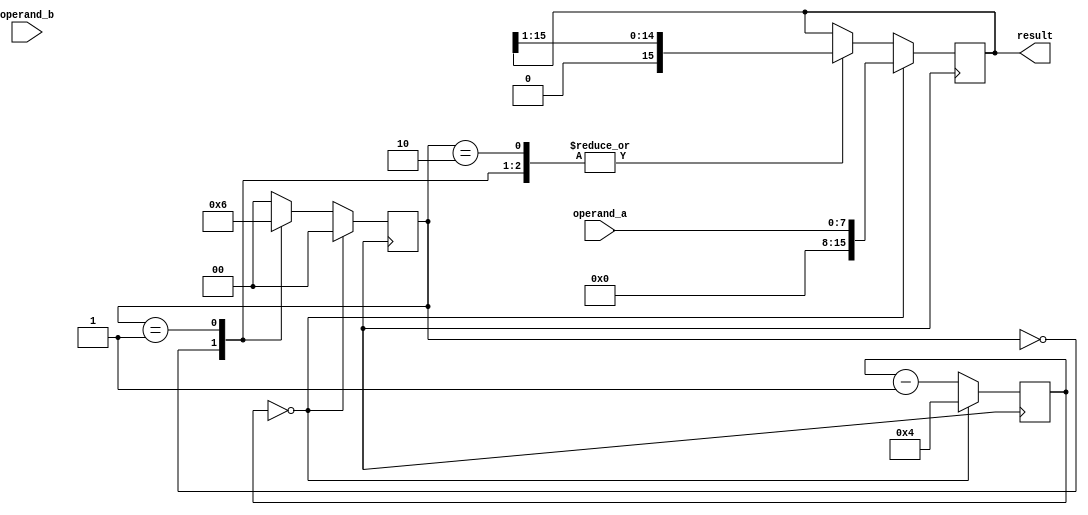
module booth_multiplier (
    input signed [7:0] operand_a,
    input signed [7:0] operand_b,
    output signed [15:0] result
);

reg signed [7:0] a_reg, b_reg;
reg [3:0] counter;
reg [1:0] control;
reg signed [15:0] product;
reg signed [15:0] acc;

always @(posedge clk) begin
    a_reg <= operand_a;
    b_reg <= operand_b;
    
    if(counter == 4'd0) begin
        control <= 2'b00;
        counter <= 4'd4;
        product <= 16'd0;
        acc <= {8'd0, operand_a};
    end
    else begin
        case(control)
            2'b00: begin
                if(acc[0] == 1'b0 && acc[15] == 8'd1)
                    acc <= acc + operand_b;
                
                acc = acc >> 1;
                control <= 2'b01;
            end
            2'b01: begin
                acc <= acc >> 1;
                control <= 2'b10;
            end
            2'b10: begin
                acc <= acc >> 1;
                control <= 2'b00;
            end
            default: control <= 2'b00;
        endcase
        
        counter <= counter - 1;
    end
end

assign result = acc;

endmodule